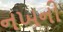
નખની